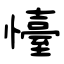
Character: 懛